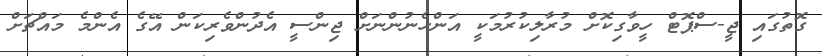
ގޮތުގައި ޖީ-ސްޕޮޓް ހީވާގިކޮށް މުރާލިކުރުމަކީ އަންހެނުންނަށް ޖިންސީ އެދުންވެރިކަން އޭގެ އެންމެ މައްޗަށް